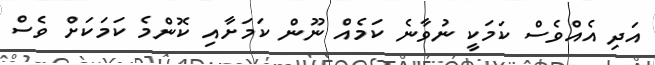
އަދި އެއްވެސް ކަމަކީ ނުވާނެ ކަމެއް ނޫން ކަމަށާއި ކޮންމެ ކަމަކަށް ވެސް